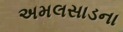
અમલસાડના